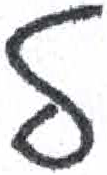
אות: ל